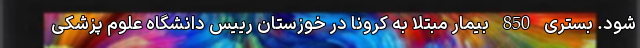
شود. بستری 850 بیمار مبتلا به کرونا در خوزستان رییس دانشگاه علوم پزشکی